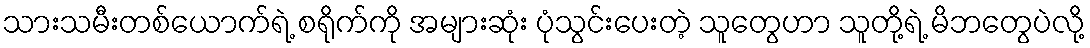
သားသမီးတစ်ယောက်ရဲ့ စရိုက်ကို အများဆုံး ပုံသွင်းပေးတဲ့ သူတွေဟာ သူတို့ရဲ့ မိဘတွေပဲလို့